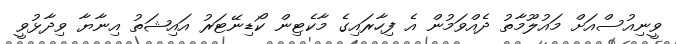
ވީނިއުސްއަށް މަައުލޫމާތު ދެއްވަމުން އެ ފިހާރައިގެ މާކެޓިން ކޯޑިނޭޓަރު އައިޝަތު އިނާޔާ ވިދާޅުވީ